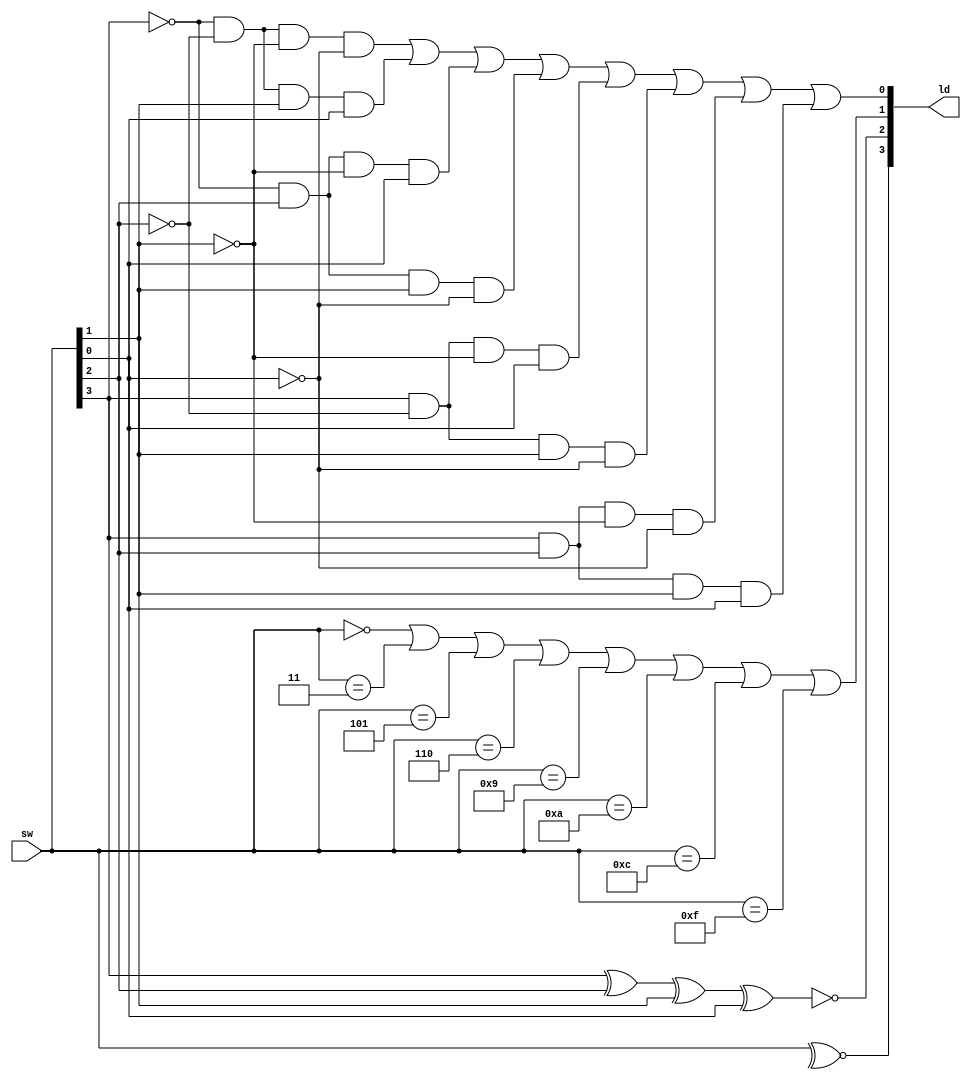
`timescale 1ns / 1ps
//////////////////////////////////////////////////////////////////////////////////
// Company: 
// Engineer: 
// 
// Design Name: 
// Module Name:    lab32b 
// Project Name: 
// Target Devices: 
// Tool versions: 
// Description: 
//
// Dependencies: 
//
// Revision: 
// Revision 0.01 - File Created
// Additional Comments: 
//
//////////////////////////////////////////////////////////////////////////////////
module lab32b(
input [3:0] sw,
output [3:0] ld
    );


assign ld[0] = (~sw[3] & ~sw[2] & ~sw[1] & ~sw[0])|
					 (~sw[3] & ~sw[2] & sw[1] & sw[0])|
					 (~sw[3] & sw[2] & ~sw[1] & sw[0])|
					 (~sw[3] & sw[2] & sw[1] & ~sw[0])|
					 (sw[3] & ~sw[2] & ~sw[1] & sw[0])|
					 (sw[3] & ~sw[2] & sw[1] & ~sw[0])|
					 (sw[3] & sw[2] & ~sw[1] & ~sw[0])|
					 (sw[3] & sw[2] & sw[1] & sw[0]);
					 
assign ld[1] = (sw[3:0] == 4'h0)|
					 (sw[3:0] == 4'h3)|
					 (sw[3:0] == 4'h5)|
					 (sw[3:0] == 4'h6)|
					 (sw[3:0] == 4'h9)|
					 (sw[3:0] == 4'ha)|
					 (sw[3:0] == 4'hc)|
					 (sw[3:0] == 4'hf);
					 
assign ld[2] = ~(sw[3] ^ sw[2] ^ sw[1] ^ sw[0]);

assign ld[3] = ~^sw[3:0];

endmodule